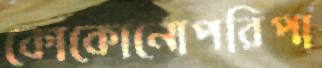
কোকোনোপরিপা